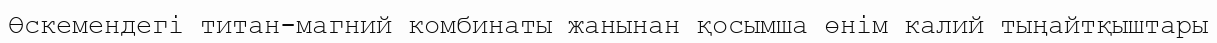
Өскемендегі титан-магний комбинаты жанынан қосымша өнім калий тыңайтқыштары